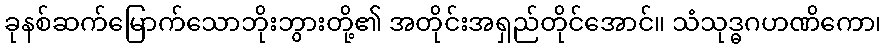
ခုနစ်ဆက်မြောက်သောဘိုးဘွားတို့၏ အတိုင်းအရှည်တိုင်အောင်။ သံသုဒ္ဓဂဟဏိကော၊